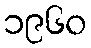
၁၉၆၀